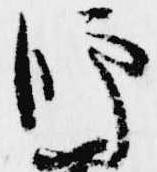
師